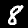
Label: 8